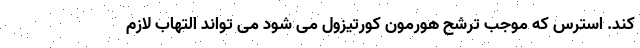
کند. استرس که موجب ترشح هورمون کورتیزول می شود می تواند التهاب لازم